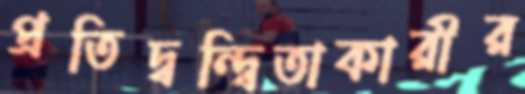
প্রতিদ্বন্দ্বিতাকারীর